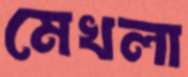
মেখলা